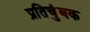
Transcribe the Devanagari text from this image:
प्रतिचुंबक